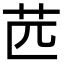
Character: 苉